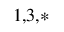
^ { 1 , 3 , * }